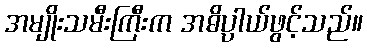
အမျိုးသမီးကြီးက အဓိပ္ပာယ်ဖွင့်သည်။